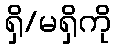
ရှိ/မရှိကို